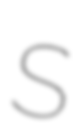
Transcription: S